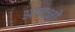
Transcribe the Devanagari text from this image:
अपाक्षी